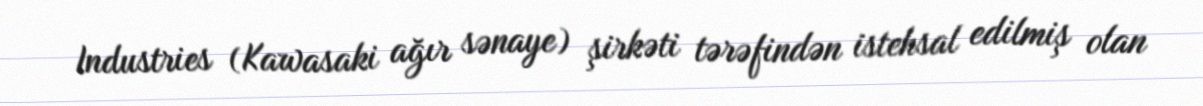
Industries (Kawasaki ağır sənaye) şirkəti tərəfindən istehsal edilmiş olan